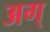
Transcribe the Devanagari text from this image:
अग्